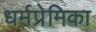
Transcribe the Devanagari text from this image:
धर्मप्रेमिका